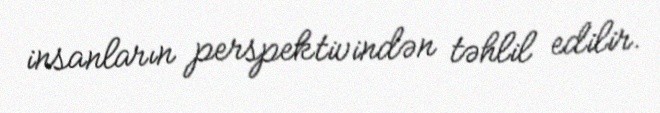
insanların perspektivindən təhlil edilir.